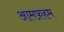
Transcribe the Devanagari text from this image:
आमफ़हम